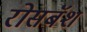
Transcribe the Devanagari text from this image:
रोसबॅश